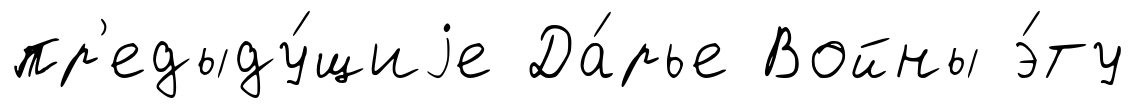
пр'едыду́щиjе Да́рье Войны э́ту